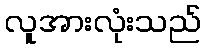
လူအားလုံးသည်